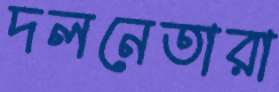
দলনেতারা